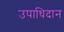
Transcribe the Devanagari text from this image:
उपाधिदान